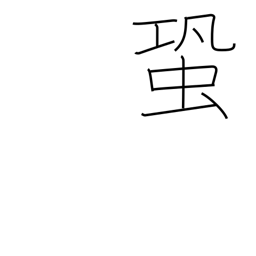
Meaning: cricket